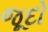
જૂદો